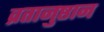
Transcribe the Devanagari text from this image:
व्रतानुष्ठान